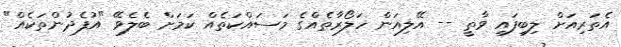
އެތަރިއަށް ލިބިފައި ވާތީ -- އޭލިއަން ހަލޯރާތެއްގެ މަސައްކަތެއް ކަމަށް ބެލެވޭ "އުފެދުންތަކެއް"